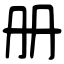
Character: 册